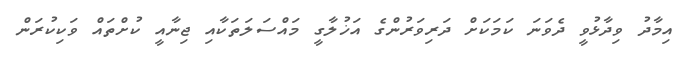
އިމާދު ވިދާޅުވީ ދެވަނަ ކަމަކަށް ދަރިވަރުންގެ އަޚުލާގީ މައްސަލަތަކާއި ޖިނާއީ ކުށްތައް ވަކިކުރަން